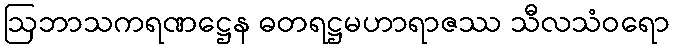
ဩဘာသကရဏဋ္ဌေန ဓတရဋ္ဌမဟာရာဇဿ သီလသံဝရော